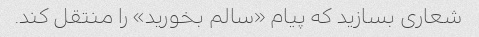
شعاری بسازید که پیام «سالم بخورید» را منتقل کند.